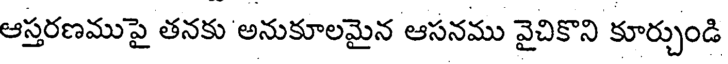
ఆస్తరణముపై తనకు అనుకూలమైన ఆసనము వైచికొని కూర్చుండి